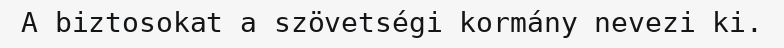
A biztosokat a szövetségi kormány nevezi ki.